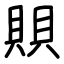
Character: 賏